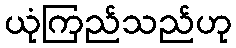
ယုံကြည်သည်ဟု